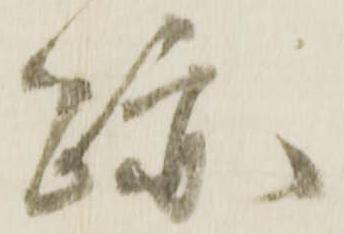
跡